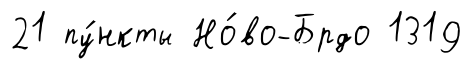
21 пу́нкты Но́во-Брдо 1319